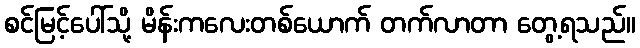
စင်မြင့်ပေါ်သို့ မိန်းကလေးတစ်ယောက် တက်လာတာ တွေ့ရသည်။